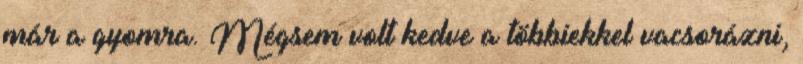
már a gyomra. Mégsem volt kedve a többiekkel vacsorázni,